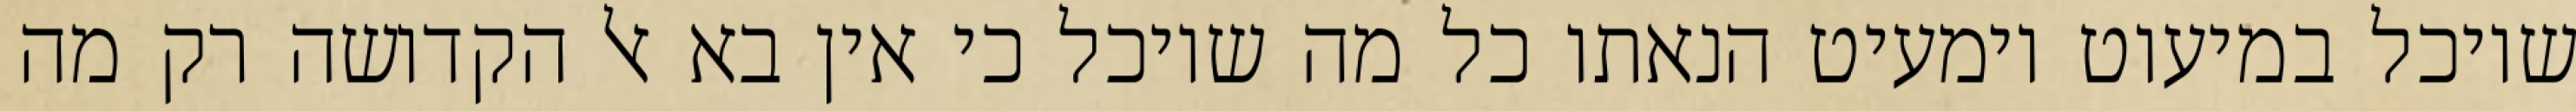
שיוכל במיעוט וימעיט הנאתו כל מה שיוכל כי אין בא אל הקדושה רק מה